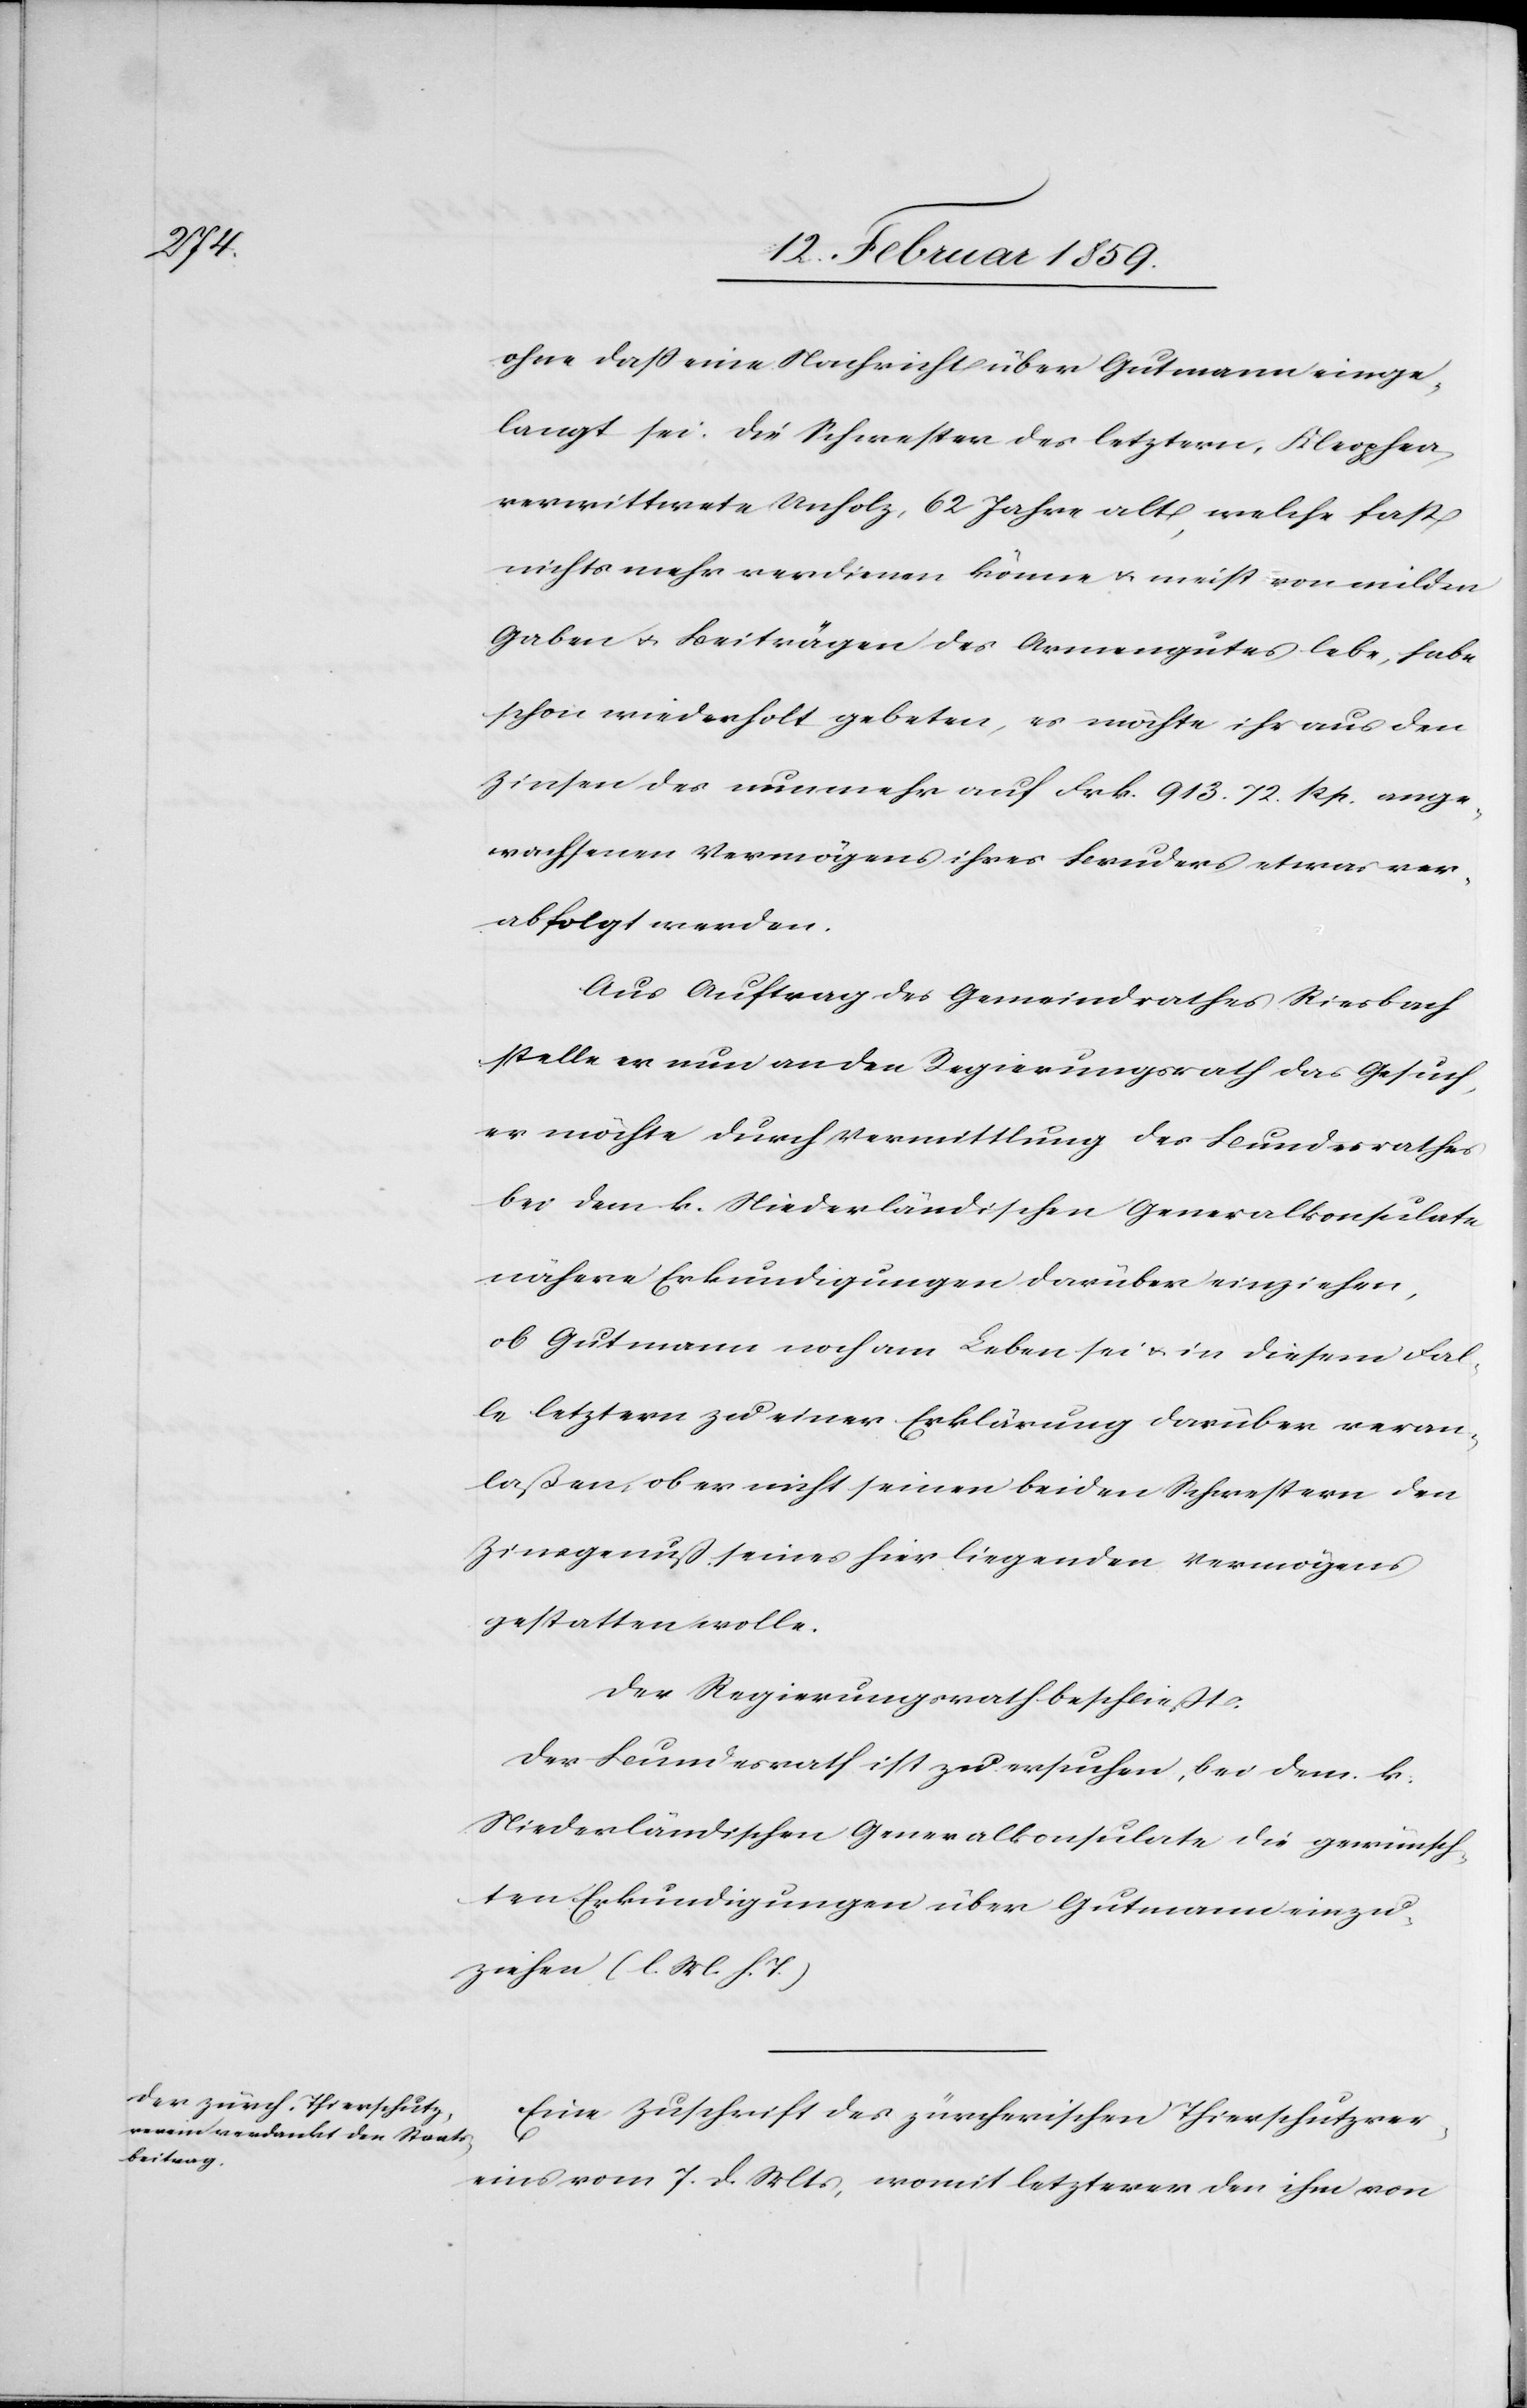
ohne daß eine Nachricht über Gutmann einge¬
langt sei. Die Schwester des letztern, Kleophea,
verwittwete Unholz, 62 Jahre alt, welche fast
nichts mehr verdienen könne u. meist von milden
Gaben u. Beiträgen des Armengutes lebe, habe
schon wiederholt gebeten, es möchte ihr aus den
Zinsen des nunmehr auf Frk. 913. 72. Rp. ange¬
wachsenen Vermögens ihres Bruders etwas ver¬
abfolgt werden.
Aus Auftrag des Gemeindrathes Riesbach
stelle er nun an den Regierungsrath das Gesuch,
er möchte durch Vermittlung des Bundesrathes
bei dem k. Niederländischen Generalkonsulate
nähere Erkundigungen darüber einziehen,
ob Gutmann noch am Leben sei u. in diesem Fal¬
le letztern zu einer Erklärung darüber veran¬
laßen, ob er nicht seinen beiden Schwestern den
Zinsgenuß seines hier liegenden Vermögens
gestatten wolle.
Der Regierungsrath beschließt:
Der Bundesrath ist zu ersuchen, bei dem k.
Niederländischen Generalkonsulate die gewünsch¬
ten Erkundigungen über Gutmann einzu¬
ziehen (l. M. h. T.)
Eine Zuschrift des zürcherischen Thierschutzver¬
eins vom 7. d. Mts, womit letzerer den ihm von